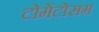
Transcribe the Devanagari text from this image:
टोमेंटोसम